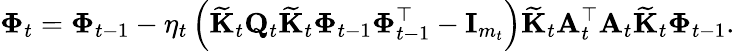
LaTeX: \boldsymbol{\Phi}_{t}=\boldsymbol{\Phi}_{t-1}-\eta_{t}\left(\widetilde{\mathbf{K}}_{t}\mathbf{Q}_{t}\widetilde{\mathbf{K}}_{t}\boldsymbol{\Phi}_{t-1}\boldsymbol{\Phi}_{t-1}^{\top}-\mathbf{I}_{m_{t}}\right)\widetilde{\mathbf{K}}_{t}\mathbf{A}_{t}^{\top}\mathbf{A}_{t}\widetilde{\mathbf{K}}_{t}\boldsymbol{\Phi}_{t-1}.